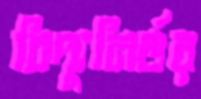
বিদ্যুনির্ভর